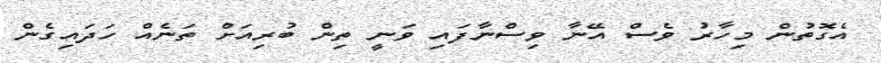
އެގޮތުން މިހާރު ވެސް އޭނާ ވިސްނާފައި ވަނީ ތިން ބުރިއަށް ތަނެއް ހަދައިގެން